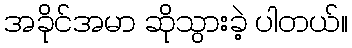
အခိုင်အမာ ဆိုသွားခဲ့ ပါတယ်။